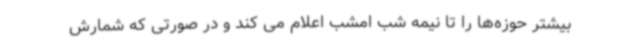
بیشتر حوزه‌ها را تا نیمه شب امشب اعلام می کند و در صورتی که شمارش